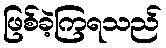
ဖြစ်ခဲ့ကြရသည်